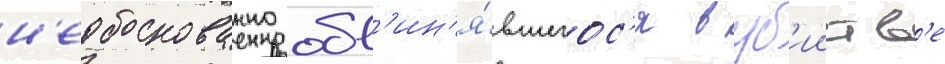
н'еобоснованно обв'ин'я́вшегос'я в уб'ииств'е